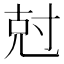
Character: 尅